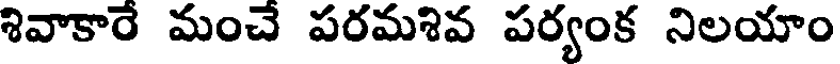
శివాకారే మంచే పరమశివ పర్యంక నిలయాం